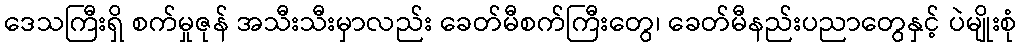
ဒေသကြီးရှိ စက်မှုဇုန် အသီးသီးမှာလည်း ခေတ်မီစက်ကြီးတွေ၊ ခေတ်မီနည်းပညာတွေနှင့် ပဲမျိုးစုံ